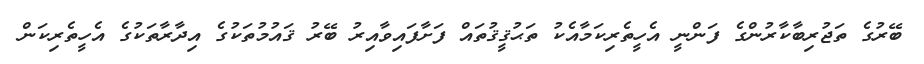
ބޭރުގެ ތަޖުރިބާކާރުންގެ ފަންނީ އެހީތެރިކަމާއެކު ތަޙުޤީޤުތައް ފަށާފައިވާއިރު ބޭރު ޤައުމުތަކުގެ އިދާރާތަކުގެ އެހީތެރިކަން